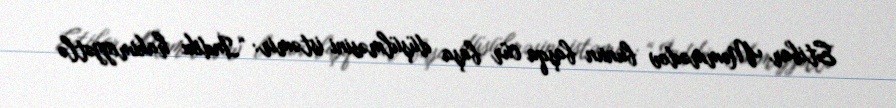
Etibar Məmmədov bunun başqa cür başa düşülməsini istəmir: “İndiki hakimiyyətlə